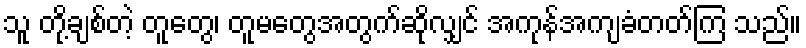
သူ တို့ချစ်တဲ့ တူတွေ၊ တူမတွေအတွက်ဆိုလျှင် အကုန်အကျခံတတ်ကြ သည်။